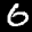
Label: 6